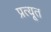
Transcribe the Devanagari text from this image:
प्रत्यूत